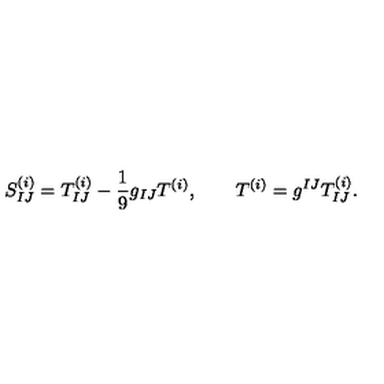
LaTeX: S _ { I J } ^ { ( i ) } = T _ { I J } ^ { ( i ) } - \frac { 1 } { 9 } g _ { I J } T ^ { ( i ) } , \qquad T ^ { ( i ) } = g ^ { I J } T _ { I J } ^ { ( i ) } .